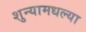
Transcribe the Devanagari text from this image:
शुन्यामधल्या